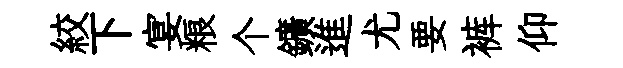
絞下宴粮个鑛進尤要裤仰